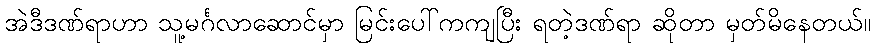
အဲဒီဒဏ်ရာဟာ သူ့မင်္ဂလာဆောင်မှာ မြင်းပေါ်ကကျပြီး ရတဲ့ဒဏ်ရာ ဆိုတာ မှတ်မိနေတယ်။